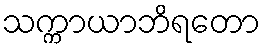
သက္ကာယာဘိရတော